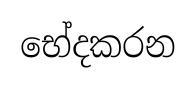
භේදකරන